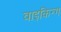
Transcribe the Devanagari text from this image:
वाइकिन्ग